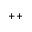
^ { + + }